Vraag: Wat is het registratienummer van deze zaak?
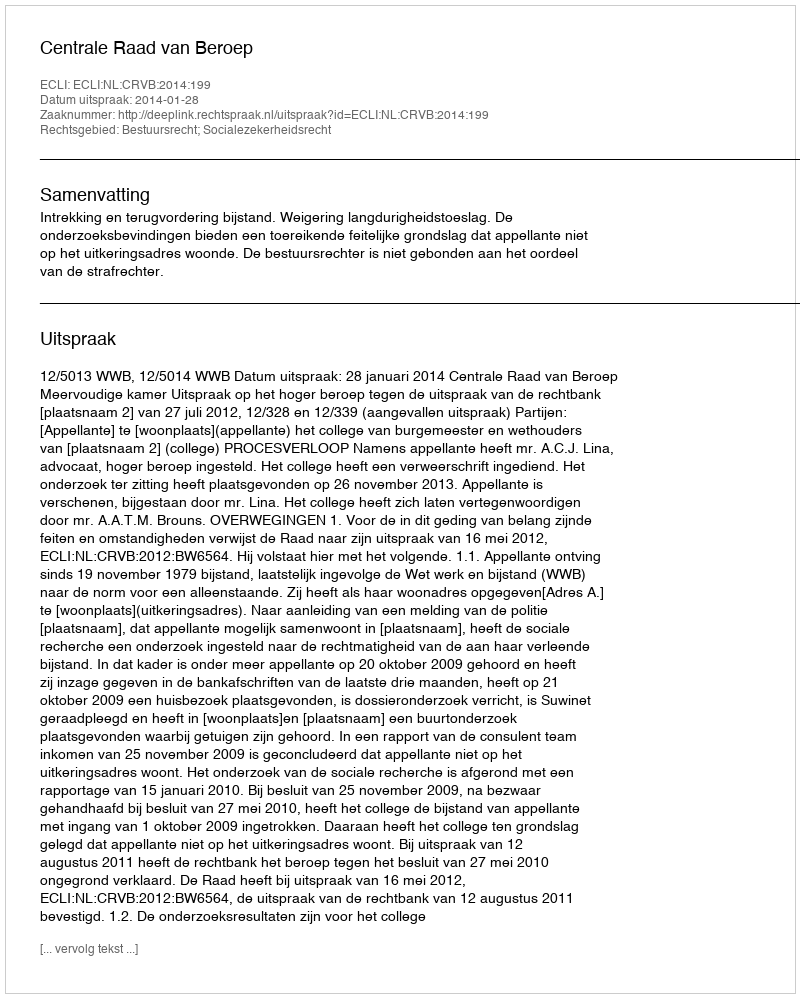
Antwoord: http://deeplink.rechtspraak.nl/uitspraak?id=ECLI:NL:CRVB:2014:199